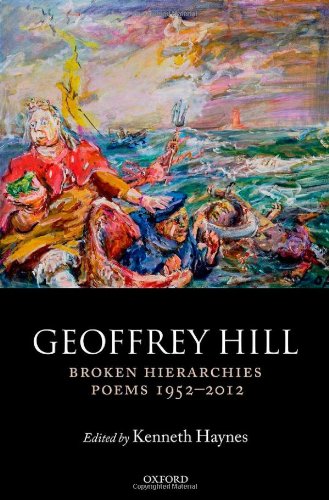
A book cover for Broken Hierarchies: Poems 1952-2012; Geoffrey Hill; Literature & Fiction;